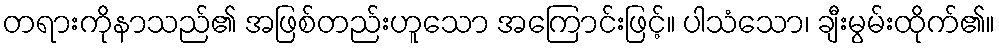
တရားကိုနာသည်၏ အဖြစ်တည်းဟူသော အကြောင်းဖြင့်။ ပါသံသော၊ ချီးမွမ်းထိုက်၏။